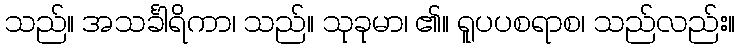
သည်။ အသင်္ခါရိကာ၊ သည်။ သုခုမာ၊ ၏။ ရူပပစရာစ၊ သည်လည်း။